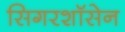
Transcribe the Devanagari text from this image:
सिगरशॉसेन